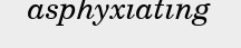
asphyxiating